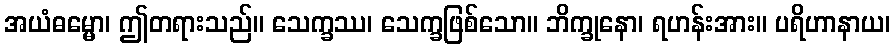
အယံဓမ္မော၊ ဤတရားသည်။ သေက္ခဿ၊ သေက္ခဖြစ်သော။ ဘိက္ခုနော၊ ရဟန်းအား။ ပရိဟာနာယ၊